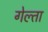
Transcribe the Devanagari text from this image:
गेल्ता